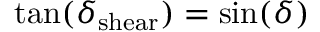
\tan ( \delta _ { \mathrm { s h e a r } } ) = \sin ( \delta )